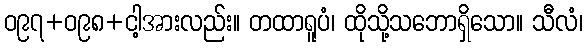
ဝ၉၇+ဝ၉၈+ငါ့အားလည်း။ တထာရူပံ၊ ထိုသို့သဘောရှိသော။ သီလံ၊